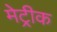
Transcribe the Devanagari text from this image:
मेट्रीक